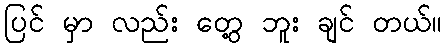
ပြင် မှာ လည်း တွေ့ ဘူး ချင် တယ်။